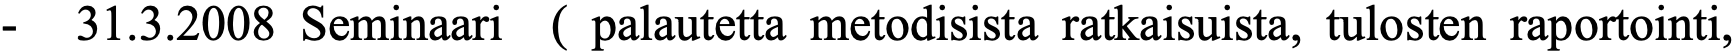
-  31.3.2008 Seminaari ( palautetta metodisista ratkaisuista, tulosten raportointi,